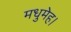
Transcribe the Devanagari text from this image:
मधुमेह।